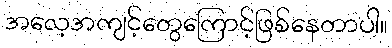
အလေ့အကျင့်တွေကြောင့်ဖြစ်နေတာပါ။